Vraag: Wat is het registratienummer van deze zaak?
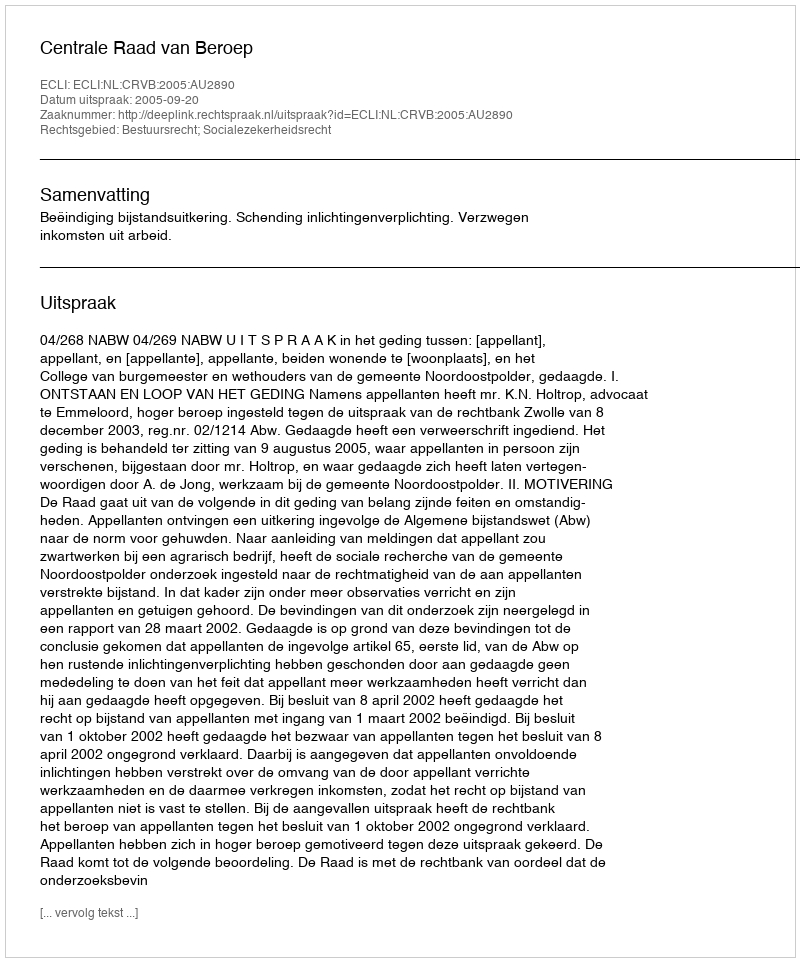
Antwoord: http://deeplink.rechtspraak.nl/uitspraak?id=ECLI:NL:CRVB:2005:AU2890